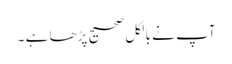
آپ نے بالکل صحیح پڑھا ہے ۔